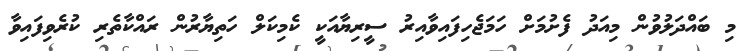
މި ބައްދަލުވުން މިއަދު ފެށުމަށް ހަމަޖެހިފައިވާއިރު ސީރިޔާއަކީ ކެމިކަލް ހަތިޔާރުން ރައްކާތެރި ކުރެވިފައިވާ